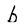
Character: b